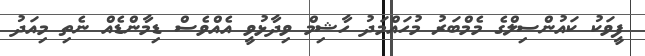
ފީވަކު ކައުންސިލްގެ މެމްބަރު މުހައްމަދު ހާޝިމް ވިދާޅުވީ އެއްވެސް ޑިމާންޑެއް ނެތި މިއަދު